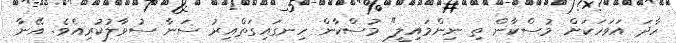
ހާދަ އަވަހަކަށް މުސްކާން ތި ނިންމައިލީ" މުސްކާން ހިނގައިގަތްއިރު ސަނާ ސުވާލުކުރިއެވެ. އޭނާ